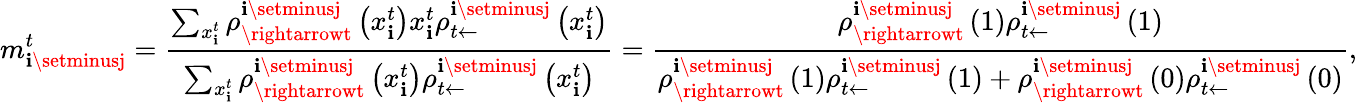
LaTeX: m_{\mathbf{i}\setminusj}^{t}=\frac{{\sum_{x_{\mathbf{i}}^{t}}\rho_{\rightarrowt}^{\mathbf{i}\setminusj}\left(x_{\mathbf{i}}^{t}\right)x_{\mathbf{i}}^{t}\rho_{t\leftarrow}^{\mathbf{i}\setminusj}\left(x_{\mathbf{i}}^{t}\right)}}{{\sum_{x_{\mathbf{i}}^{t}}\rho_{\rightarrowt}^{\mathbf{i}\setminusj}\left(x_{\mathbf{i}}^{t}\right)\rho_{t\leftarrow}^{\mathbf{i}\setminusj}\left(x_{\mathbf{i}}^{t}\right)}}=\frac{{\rho_{\rightarrowt}^{\mathbf{i}\setminusj}\left(1\right)\rho_{t\leftarrow}^{\mathbf{i}\setminusj}\left(1\right)}}{{\rho_{\rightarrowt}^{\mathbf{i}\setminusj}\left(1\right)\rho_{t\leftarrow}^{\mathbf{i}\setminusj}\left(1\right)+\rho_{\rightarrowt}^{\mathbf{i}\setminusj}\left(0\right)\rho_{t\leftarrow}^{\mathbf{i}\setminusj}\left(0\right)}},